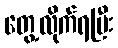
တွေ့လိုက်ရပြီး